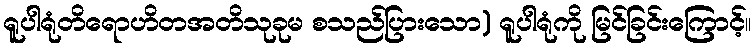
ရူပါရုံတိရောဟိတအတိသုခုမ စသည်ပြားသော) ရူပါရုံကို မြင်ခြင်းကြောင့်။